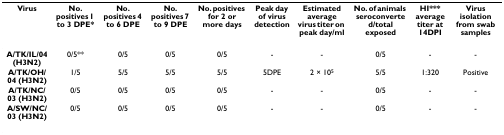
<table><thead><tr><td><b>Virus</b></td><td><b>No. positives 1 to 3 DPE*</b></td><td><b>No. positives 4 to 6 DPE</b></td><td><b>No. positives 7 to 9 DPE</b></td><td><b>No. positives for 2 or more days</b></td><td><b>Peak day of virus detection</b></td><td><b>Estimated average virus titer on peak day/ml</b></td><td><b>No. of animals seroconverted/total exposed</b></td><td><b>HI*** average titer at 14DPI</b></td><td><b>Virus isolation from swab samples</b></td></tr></thead><tbody><tr><td><b>A/TK/IL/04 (H3N2)</b></td><td>0/5**</td><td>0/5</td><td>0/5</td><td>0/5</td><td>-</td><td>-</td><td>0/5</td><td>-</td><td>-</td></tr><tr><td><b>A/TK/OH/04 (H3N2)</b></td><td>1/5</td><td>5/5</td><td>5/5</td><td>5/5</td><td>5DPE</td><td>2 × 10<sup>5</sup></td><td>5/5</td><td>1:320</td><td>Positive</td></tr><tr><td><b>A/TK/NC/03 (H3N2)</b></td><td>0/5</td><td>0/5</td><td>0/5</td><td>0/5</td><td>-</td><td>-</td><td>0/5</td><td>-</td><td>-</td></tr><tr><td><b>A/SW/NC/03 (H3N2)</b></td><td>0/5</td><td>0/5</td><td>0/5</td><td>0/5</td><td>-</td><td>-</td><td>0/5</td><td>-</td><td>-</td></tr></tbody></table>